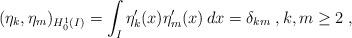
LaTeX: \begin{align*}(\eta_k,\eta_m)_{H^1_0({I})} = \int_I \eta_k'({x}) \eta_m'({x}) \, d{x} = \delta_{km}\;, k,m \geq 2 \;,\end{align*}